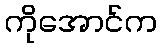
ကိုအောင်က